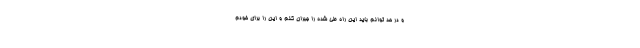
و در حد توانم باید این راه طی شده را جبران کنم و این را برای خودم